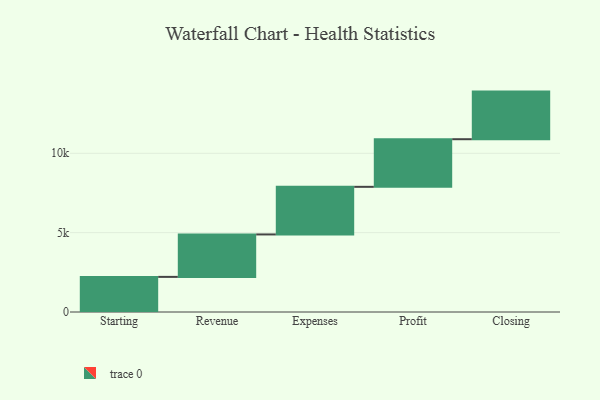
{"axis": {"x": "Step", "y": "Value"}, "legend": [""], "data": [{"x": "Starting", "y": 2213.0, "type": ""}, {"x": "Revenue", "y": 2674.0, "type": ""}, {"x": "Expenses", "y": 3000, "type": ""}, {"x": "Profit", "y": 3000, "type": ""}, {"x": "Closing", "y": 3000, "type": ""}]}